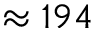
\approx 1 9 4